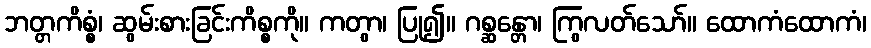
ဘတ္တကိစ္စံ၊ ဆွမ်းစားခြင်းကိစ္စကို။ ကတွာ၊ ပြု၍။ ဂစ္ဆန္တော၊ ကြွလတ်သော်။ ထောကံထောကံ၊